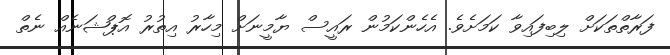
ފަރާތްތަކަށް ލިބިފައިވާ ކަމަށެވެ. އެހެންކަމުން ރައީސް ޔާމީނަށް މިހާރު އިތުރު އޮޕްޝަނެއް ނެތް